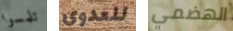
تلمسوا للعدوى الهضمي